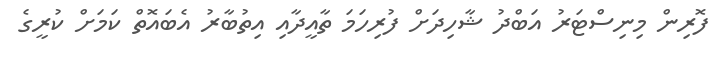
ފޮރިން މިނިސްޓަރު އަބްދު ޝާހިދަށް ފުރިހަމަ ތާއީދާއި އިތުބާރު އެބައޮތް ކަމަށް ކުރީގެ